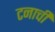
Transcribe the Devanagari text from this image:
टनाची